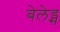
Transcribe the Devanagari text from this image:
बेलेड्स